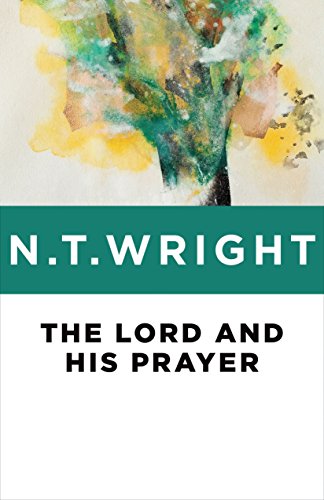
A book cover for The Lord and His Prayer; N. T. Wright; Christian Books & Bibles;